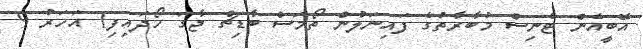
އޭބީއެން ޓެނިސް މުބާރާތުގެ ފައިނަލުން ތޯމަސް ބާޑިޗް ޖާގަ ހޯދައިފި1 އަހަރު 9